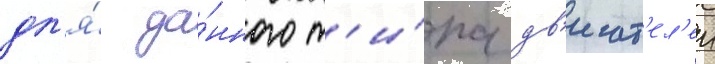
дл'я́ да́нного т'и́па дв'игат'ел'еи